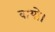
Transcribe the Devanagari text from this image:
वायो।